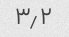
۳٫۲